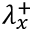
\lambda _ { x } ^ { + }